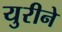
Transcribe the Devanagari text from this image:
युरीने